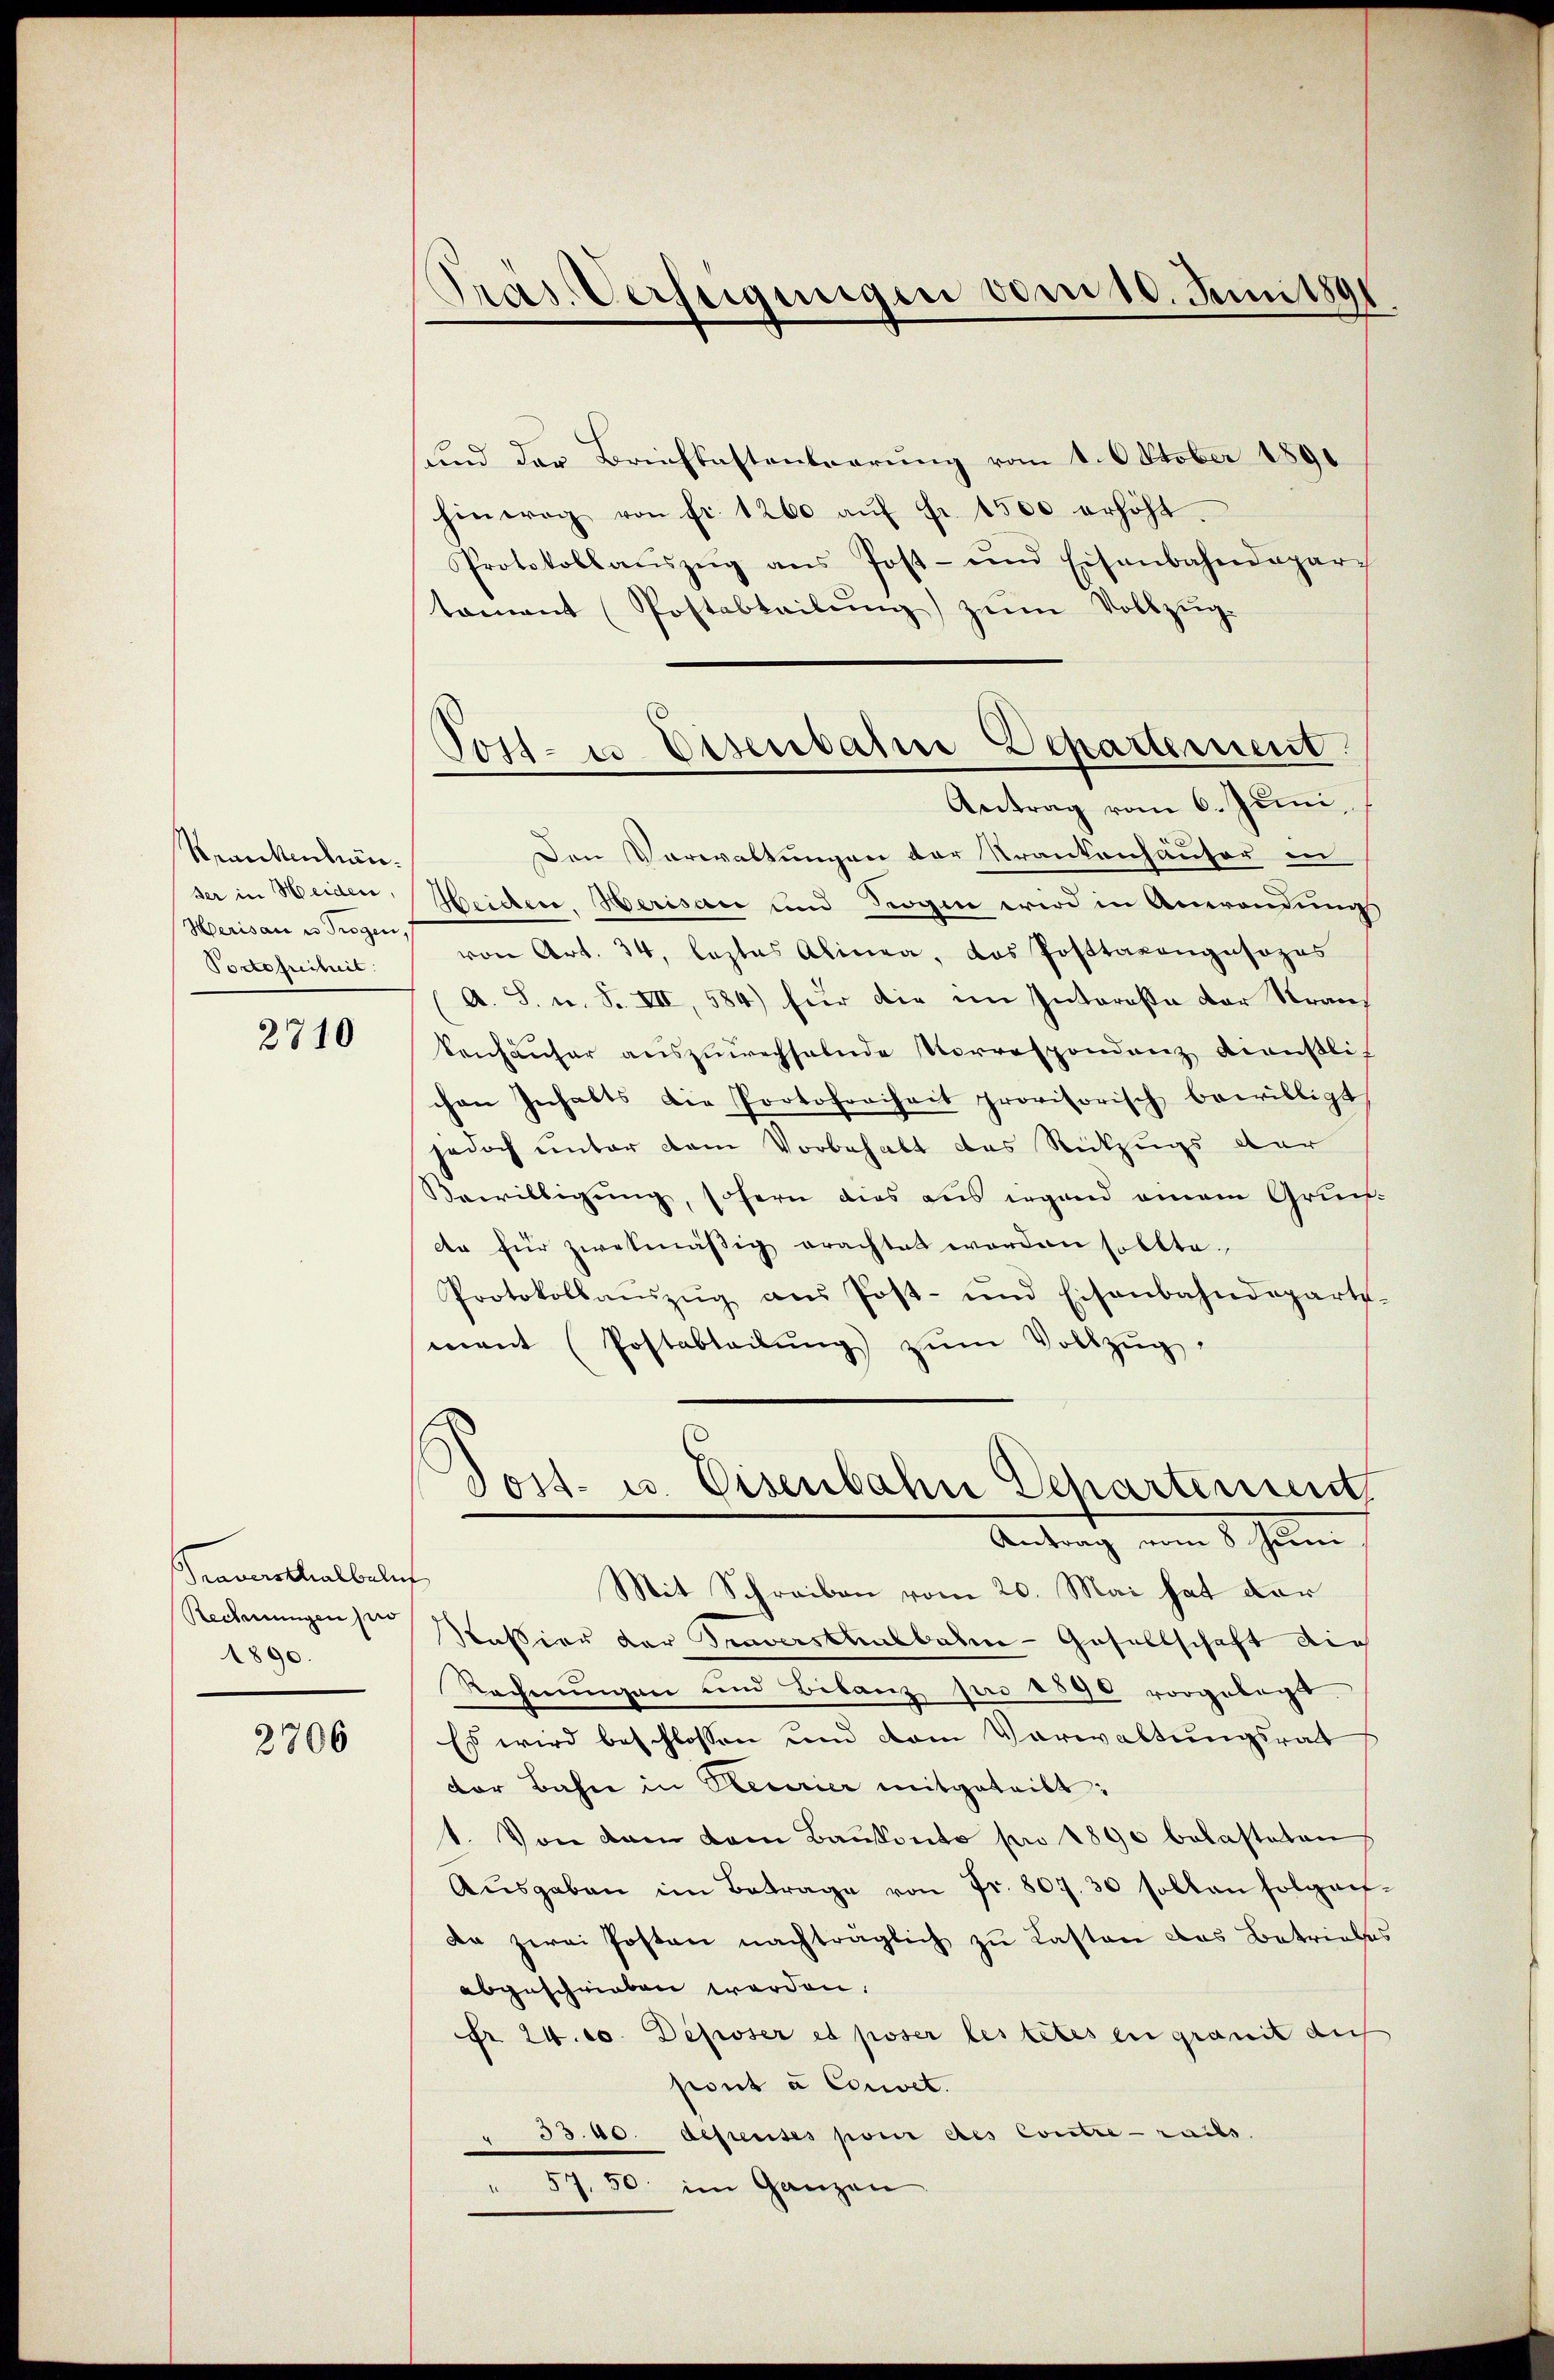
Rerikenbrinder in Heiden,
Herisau u Trogen,
Portofreiheit.

2710

Traversthalbeln
Rechnungen zuo
1890.

2706

Pras. Verfügungen vom 10. Juni 1891

Tost- u Disenbahne Departement

und der Briefkastentierung vom 1. Oktober 1891
hinweg von fr. 1200 aŭf Fr. 1500 erhöht.
Protokollaŭszŭg ans Post- und Eisenbahndepar-
tament (Postabteilŭng zŭm Vollzŭg.
Antrag vom 6. Juni,
Den Verwaltungen der Krankenhauser in
Heiden. Berisau und Rogen wird in Anwendung
von Art. 34, leztes Alinea, das Posttaxangusozes
A. S. u. S. VII, 584) für die im Intereße der Strans
konhäuser auszuwechselnde Vorrespondenz Kiausli
chen Inhalts die Protofreiheit provisorisch bewilligt
jedoch unter dem Vorbehalt des Rückzugs der
Bewilligung, sofern dies aus irgend einem Grunde für zwekmässig erachtet worden sollte.
Protokollaŭszŭg aŭs Post- und Eisenbahndeparts-
mant (Postabteilŭng zŭm Vollzŭg.
Post- u. Eisenbahn Departement
Antrag vom 8 Juni
¬
Mit Schreiben vom 20. Mai hat der
Nassian der Traverstausbahn-Gesellschaft die
Rechnungen und Bilanz pro 1890 vorgelegt
Es wird beschlossen und dem Vorwaltungsrat
dor Bahn in Neurier mitgeteilt:
t. Von den dem Baŭkonto pro 1890 belasteten
Aŭsgaben im Betrage von Fr. 807. 30 sollen folgen-
da zwei Posten nachträglich zu Lasten das Betriebes
abgeschrieben worden.
Fr. 24. 60. Deposer et poser les tetes en granit auch
sont à Corwet.
" 33. 40. defenses pour des Contre-raits.
57. 50. im Ganzen